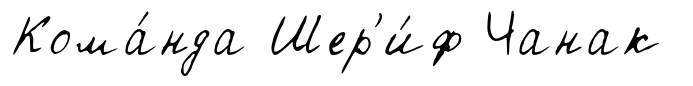
Кома́нда Шер'и́ф Чанак